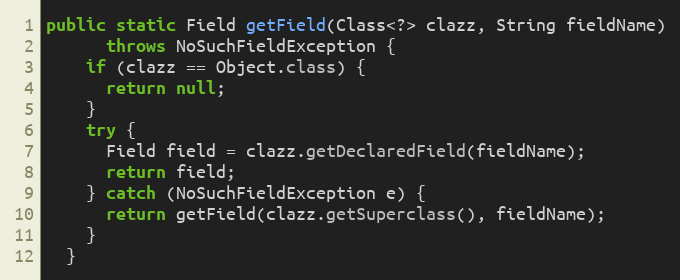
Language: Java
public static Field getField(Class<?> clazz, String fieldName)
      throws NoSuchFieldException {
    if (clazz == Object.class) {
      return null;
    }
    try {
      Field field = clazz.getDeclaredField(fieldName);
      return field;
    } catch (NoSuchFieldException e) {
      return getField(clazz.getSuperclass(), fieldName);
    }
  }